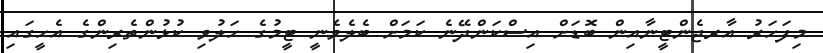
މިފަހަރު އާރޖެންޓީނާއިން ބޮޑަށް އިސްކަންދޭނެ ކަމަށް ބެލެވެނީ ޓީމުގެ ހަލުވި ކުޅުންތެރިންގެ އެހީގައި